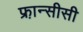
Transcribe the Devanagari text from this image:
फ्रा़न्सीसी